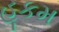
હૂકમ